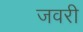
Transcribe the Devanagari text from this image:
जवरी